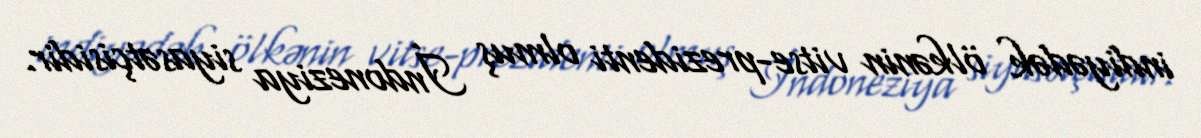
indiyədək ölkənin vitse-prezidenti olmuş İndoneziya siyasətçisidir.